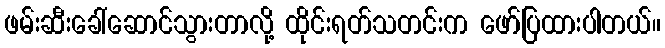
ဖမ်းဆီးခေါ်ဆောင်သွားတာလို့ ထိုင်းရတ်သတင်းက ဖော်ပြထားပါတယ်။